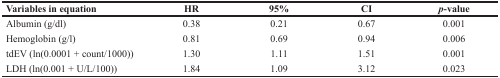
| Variables in equation | HR | 95% | CI | p-value |
 | --- | --- | --- | --- | --- |
 | Albumin (g/dl) | 0.38 | 0.21 | 0.67 | 0.001 |
 | Hemoglobin (g/l) | 0.81 | 0.69 | 0.94 | 0.006 |
 | tdEV (ln(0.0001 + count/1000)) | 1.30 | 1.11 | 1.51 | 0.001 |
 | LDH (ln(0.001 + U/L/100)) | 1.84 | 1.09 | 3.12 | 0.023 |